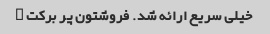
خیلی سریع ارائه شد. فروشتون پر برکت …